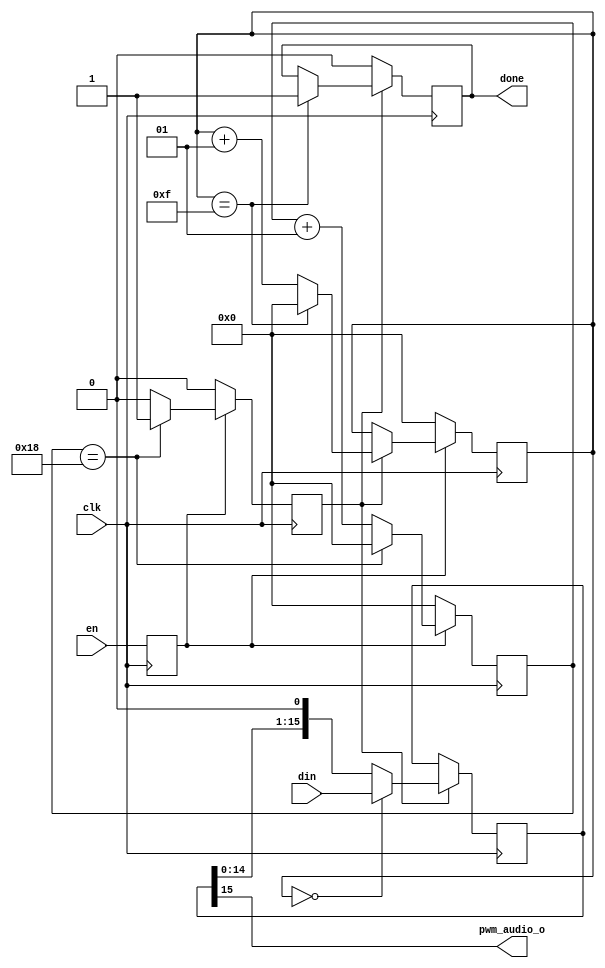
module PdmSer(
    input clk,
    input en,
    input [15:0] din,
    output done,
    output pwm_audio_o
    );

reg en_int=0;
reg done_int=0;
reg clk_int=0;
reg pdm_clk_rising;
reg [15:0] pdm_s_tmp, dout;
integer cnt_bits=0;
integer cnt_clk=0;

assign done = done_int;
assign pwm_audio_o = pdm_s_tmp[15]; 

// register en input    
    always @(posedge clk)
        en_int <= en;

// Count the number of sampled bits
always @(posedge clk)
begin
  if (en_int==0)
    cnt_bits <=0;
  else
    if (pdm_clk_rising)
    begin
        if (cnt_bits == 15)
            cnt_bits <=0;
        else
            cnt_bits <= cnt_bits + 1;
     end           
end

// Generate the done signal
always @(posedge clk)
begin
  if (pdm_clk_rising)
  begin
    if (cnt_bits==15)
        done_int<=1;
  end
  else
    done_int <= 0;
end

// Serializer
always @(posedge clk)
begin
  if (pdm_clk_rising)
  begin
    if (cnt_bits==0)
        pdm_s_tmp <= din;
    else
        pdm_s_tmp <= {pdm_s_tmp[14:0], 1'b0};
  end
end

// Generate the internal PDM Clock
always @(posedge clk)
begin
  if (en_int == 0)
  begin
    cnt_clk <= 0;
    pdm_clk_rising <= 0;
  end
  else
  begin
      if (cnt_clk == 24) // (C_SYS_CLK_FREQ_MHZ*1000000)/(C_PDM_FREQ_HZ*2))-1  where C_SYS_CLK_FREQ_MHZ=100, C_PDM_FREQ_HZ=2MHz
      begin
        cnt_clk <= 0;
        pdm_clk_rising <= 1;
      end
      else
      begin
        cnt_clk <= cnt_clk + 1;
        pdm_clk_rising <= 0;
      end
  end
end
   
endmodule